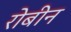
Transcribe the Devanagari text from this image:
रोबीन